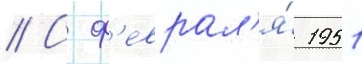
// С ф'еврал'я́ 1951